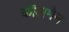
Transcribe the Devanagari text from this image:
कॉलमेन